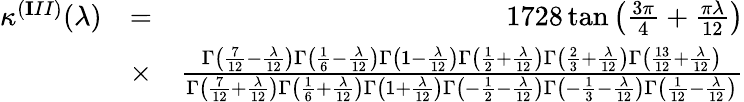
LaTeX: \begin{array}{rlr}{\kappa^{({\mathbf III})}(\lambda)}&{=}&{1728\tan\left(\frac{3\pi}{4}+\frac{\pi\lambda}{12}\right)}\\ &{\times}&{\frac{\Gamma\left(\frac{7}{12}-\frac{\lambda}{12}\right)\Gamma\left(\frac{1}{6}-\frac{\lambda}{12}\right)\Gamma\left(1-\frac{\lambda}{12}\right)\Gamma\left(\frac{1}{2}+\frac{\lambda}{12}\right)\Gamma\left(\frac{2}{3}+\frac{\lambda}{12}\right)\Gamma\left(\frac{13}{12}+\frac{\lambda}{12}\right)}{\Gamma\left(\frac{7}{12}+\frac{\lambda}{12}\right)\Gamma\left(\frac{1}{6}+\frac{\lambda}{12}\right)\Gamma\left(1+\frac{\lambda}{12}\right)\Gamma\left(-\frac{1}{2}-\frac{\lambda}{12}\right)\Gamma\left(-\frac{1}{3}-\frac{\lambda}{12}\right)\Gamma\left(\frac{1}{12}-\frac{\lambda}{12}\right)}}\end{array}